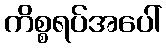
ကိစ္စရပ်အပေါ်